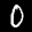
Label: 0